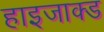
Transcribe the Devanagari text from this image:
हाइजाक्ड